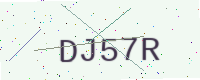
Text: DJ57R